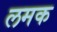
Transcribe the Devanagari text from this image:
लमक